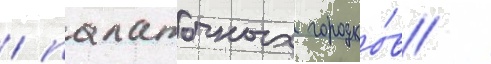
/ палаточных городко́в /